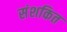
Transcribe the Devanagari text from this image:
संशकित